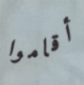
أقاموا